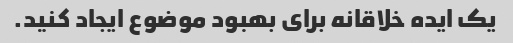
یک ایده خلاقانه برای بهبود موضوع ایجاد کنید.